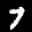
Label: 7